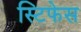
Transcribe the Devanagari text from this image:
स्टिफेस